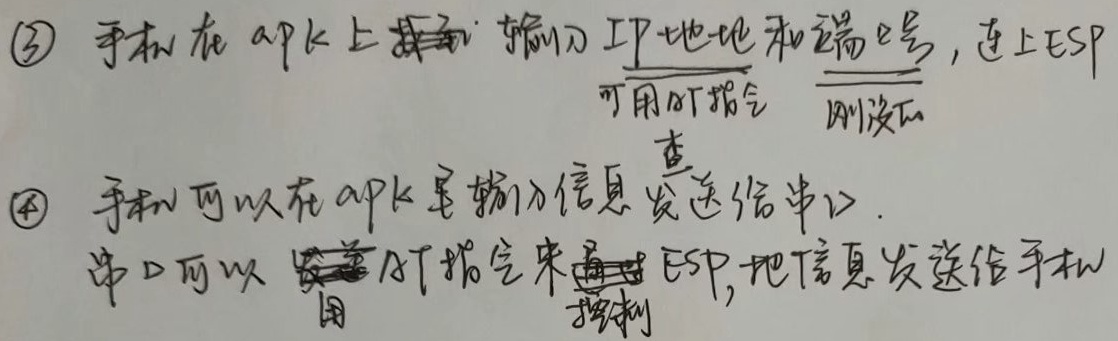
\textcircled{3} 手机在apk上找到：输入IP地址和端口号，连上ESP
\[\begin{cases}
\text{可用AT指令}\\
\text{刚设的}
\end{cases}\]
\textcircled{4} 手机可以在apk里输入信息发送给串口.串口可以发送AT指令来通过ESP, 把信息发送给手机
\[\begin{cases}
\text{用}\\
\text{控制}
\end{cases}\]